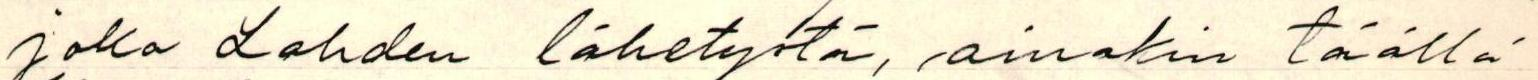
joka Lahden lähetystä, ainakin täällä